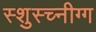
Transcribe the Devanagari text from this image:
स्शुस्च्नीग्ग